Civil Veterinary Dept. Assam report 1927-50 - 1927-1950
Year: 1927
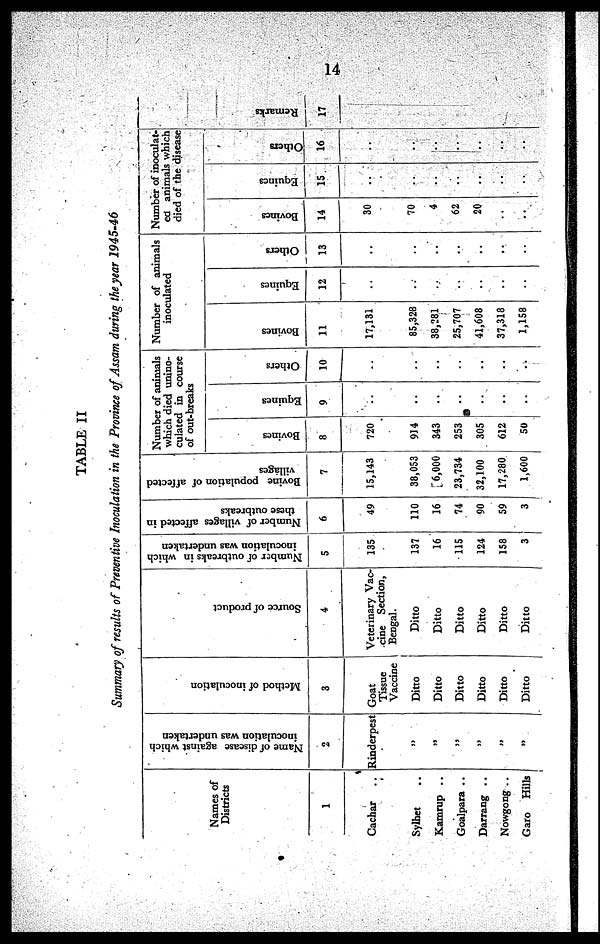
14
TABLE II
Summary of results of Preventive Inoculation in the Province of Assam during the year 1945-46
Names of
Districts
1
Cachar ..
Sylhet ..
Kamrup ..
Goalpara ..
Darrang ..
Nowgong ..
Garo Hills
Name of disease against which
inoculation was undertaken
2
Rinderpest
„
„
„
„
„
„
Method of inoculation
3
Goat
Tissue
Vaccine
Ditto
Ditto
Ditto
Ditto
Ditto
Ditto
Source of product
4
Veterinary Vac-
cine Section,
Bengal.
Ditto
Ditto
Ditto
Ditto
Ditto
Ditto
Number of outbreaks in which
inoculation was undertaken
5
135
137
16
115
124
158
3
Number of villages affected in
these outbreaks
6
49
110
16
74
90
59
3
Bovine population of affected
villages
7
15,143
38,053
6,000
23,734
32,100
17,280
1,600
Number of animals
which died unino-
culated in course
of out-breaks
Bovines
8
720
914
343
253
305
612
50
Equines
9
..
Others
10
..
..
..
..
..
..
..
Number of animals
inoculated
Bovines
11
17,131
85,328
38,281
25,707
41,608
37,318
1,158
Equines
12
..
..
..
..
..
..
..
Others
13
..
..
..
..
..
..
..
Number of inoculat-
ed animals which
died of the disease
Bovines
14
30
70
4
62
20
..
..
Equines
15
..
..
..
..
..
..
..
Others
16
..
..
..
..
..
..
..
Remarks
17